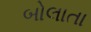
બોલાતા